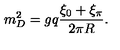
m _ { D } ^ { 2 } = g q { \frac { \xi _ { 0 } + \xi _ { \pi } } { 2 \pi R } } .